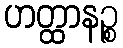
ဟတ္ထာနဉ္စ